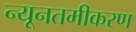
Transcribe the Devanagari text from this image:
न्यूनतमीकरण